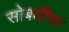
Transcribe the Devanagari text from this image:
सोबतींचा